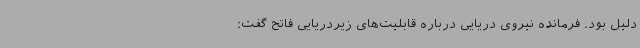
دلیل بود. فرمانده نیروی دریایی درباره قابلیت‌های زیردریایی فاتح گفت: